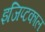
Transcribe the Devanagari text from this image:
इजिप्टकाल